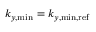
k _ { y , \mathrm { m i n } } = k _ { y , \mathrm { m i n , r e f } }